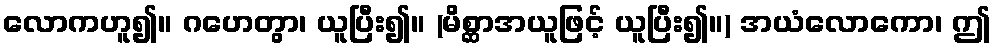
လောကဟူ၍။ ဂဟေတွာ၊ ယူပြီး၍။ (မိစ္ဆာအယူဖြင့် ယူပြီး၍။) အယံလောကော၊ ဤ